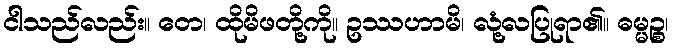
ငါသည်လည်း။ တေ၊ ထိုမိဖတို့ကို။ ဥဿဟာမိ၊ လုံ့လပြုရာ၏။ ဓမ္မဉ္စ၊